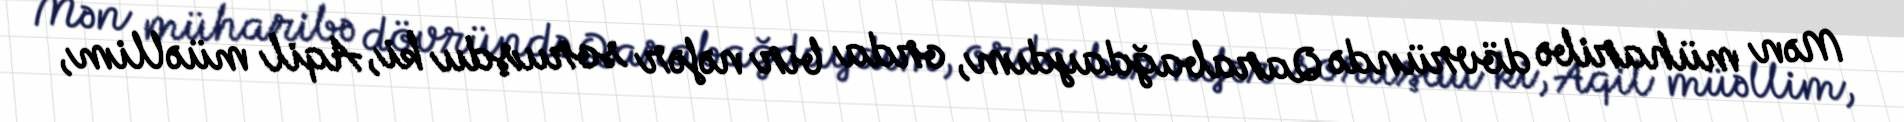
Mən müharibə dövründə Qarabağdaydım, orda bir nəfər soruşdu ki, Aqil müəllim,